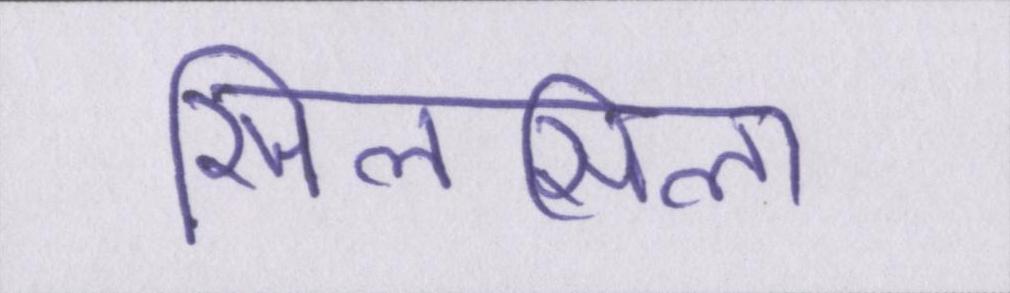
सिलसिला